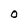
Character: O